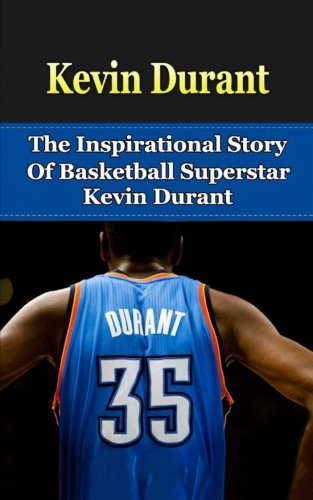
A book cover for Kevin Durant: The Inspirational Story of Basketball Superstar Kevin Durant (Kevin Durant Unauthorized Biography, Oklahoma City Thunder, University of Texas, NBA Books); Bill Redban; Biographies & Memoirs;